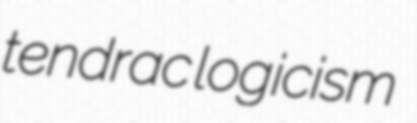
tendrac logicism